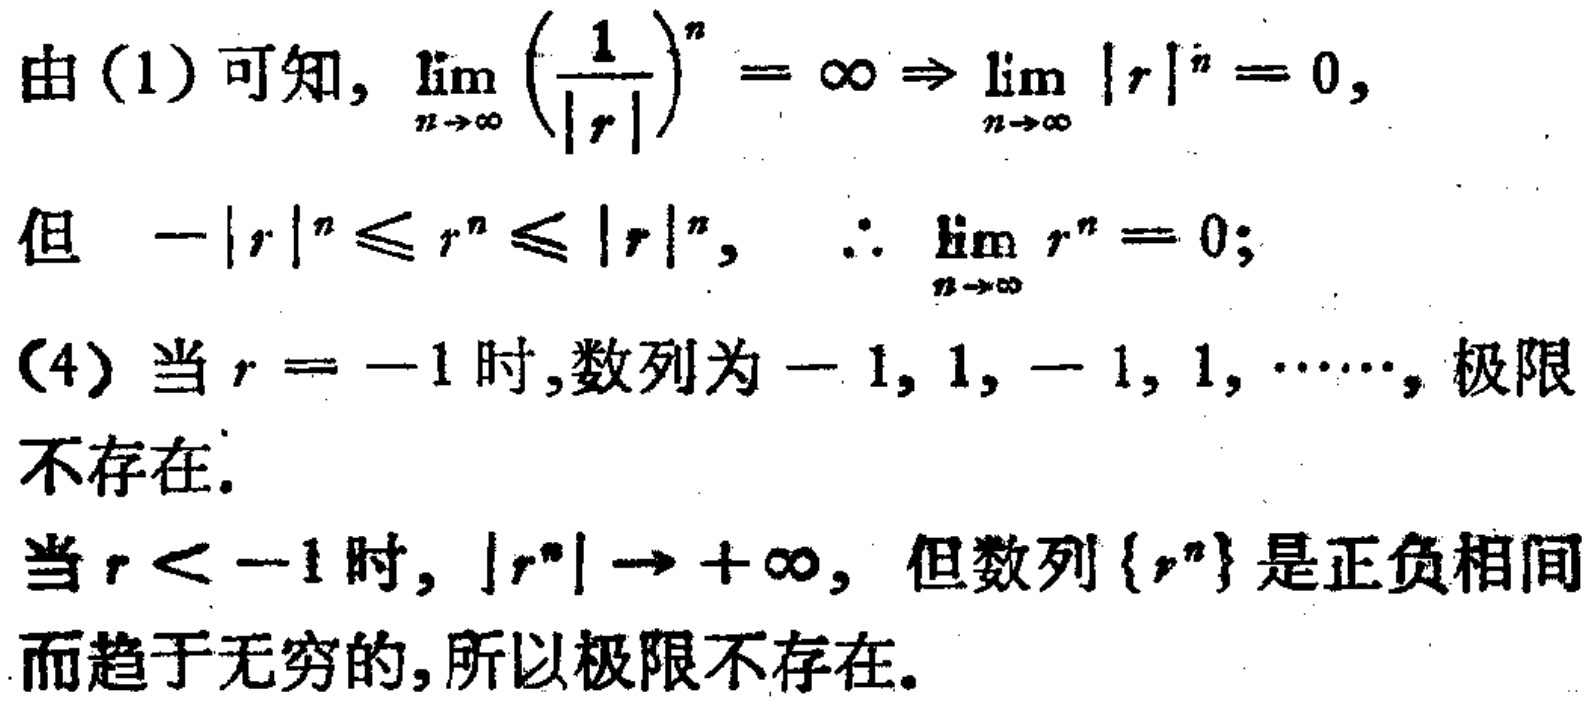
由（1）可知, $\lim_{n \to \infty} \left(\frac{1}{|r|}\right)^n = \infty \Rightarrow \lim_{n \to \infty} |r|^n = 0$,
但 $-|r|^n \leq r^n \leq |r|^n$, $\therefore \lim_{n \to \infty} r^n = 0$;
（4）当 $r = -1$ 时,数列为 $-1, 1, -1, 1, \cdots$, 极限不存在.
当 $r < -1$ 时, $|r^n| \to +\infty$, 但数列 $\{r^n\}$ 是正负相间而趋于无穷的,所以极限不存在.